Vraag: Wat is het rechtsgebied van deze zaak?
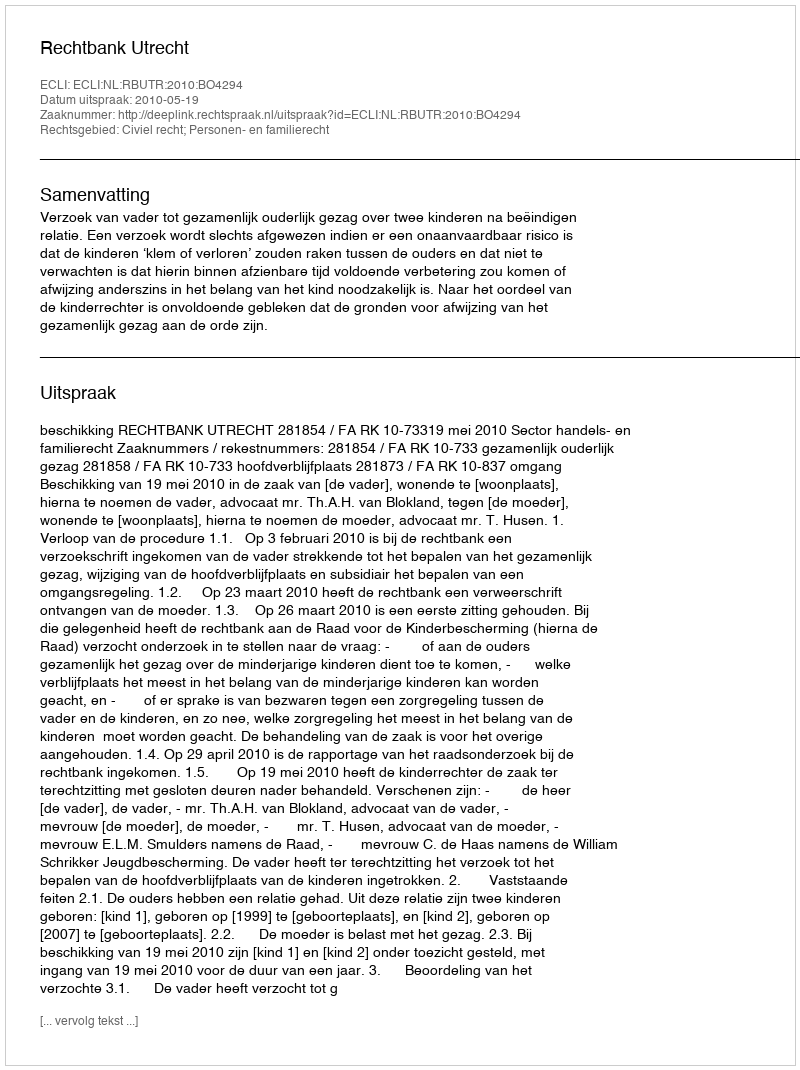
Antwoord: Civiel recht; Personen- en familierecht